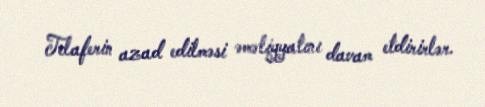
Telaferin azad edilməsi əməliyyatını davam etdirirlər.